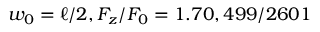
w _ { 0 } = \ell / 2 , F _ { z } / F _ { 0 } = 1 . 7 0 , 4 9 9 / 2 6 0 1